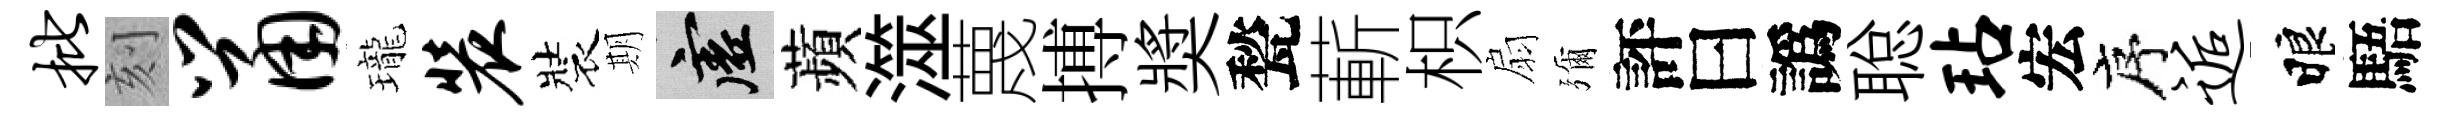
批刻鼠瓏装裝期虚蘋澨蔑搏奬甃蔪枳扇彌評曰譌聪玷宏序逅睱䮏